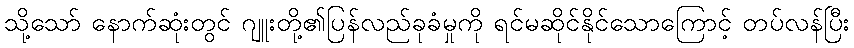
သို့သော် နောက်ဆုံးတွင် ဂျူးတို့၏ပြန်လည်ခုခံမှုကို ရင်မဆိုင်နိုင်သောကြောင့် တပ်လန်ပြီး